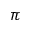
\pi